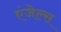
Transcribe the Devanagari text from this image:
एंजेल्‍स